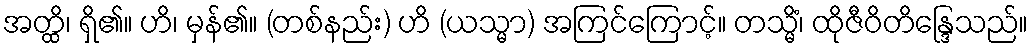
အတ္ထိ၊ ရှိ၏။ ဟိ၊ မှန်၏။ (တစ်နည်း) ဟိ (ယသ္မာ) အကြင်ကြောင့်။ တသ္မိံ၊ ထိုဇီဝိတိန္ဒြေသည်။